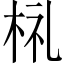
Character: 𣑶